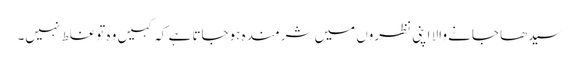
سیدھا جانے والا اپنی نظروں میں شرمندہ ہوجاتا ہے کہ کہیں وہ توغلط نہیں۔